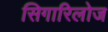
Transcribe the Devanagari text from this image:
सिगारिलोज